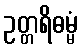
ဥတ္တရိဓမ္မံ